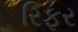
રિફર